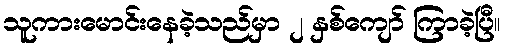
သူကားမောင်းနေခဲ့သည်မှာ ၂ နှစ်ကျော် ကြာခဲ့ပြီ။